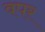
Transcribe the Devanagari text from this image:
वपर